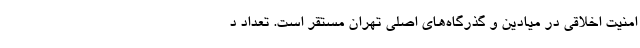
امنیت اخلاقی در میادین و گذرگاه‌های اصلی تهران مستقر است. تعداد د